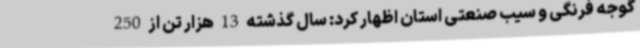
گوجه فرنگی و سیب صنعتی استان اظهار کرد: سال گذشته 13 هزار تن از 250